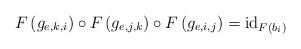
LaTeX: \begin{align*}F\left(g_{e,k,i}\right)\circ F\left(g_{e,j,k}\right)\circ F\left(g_{e,i,j}\right)=\mathrm{id}_{F\left(b_{i}\right)}\end{align*}